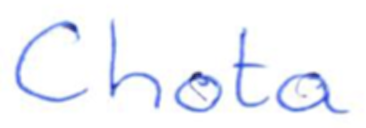
Text: Chota
Cross-out: clean
Writing tool: ballpoint